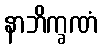
နာဘိက္ခဏံ